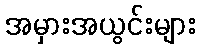
အမှားအယွင်းများ